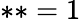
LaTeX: **=1